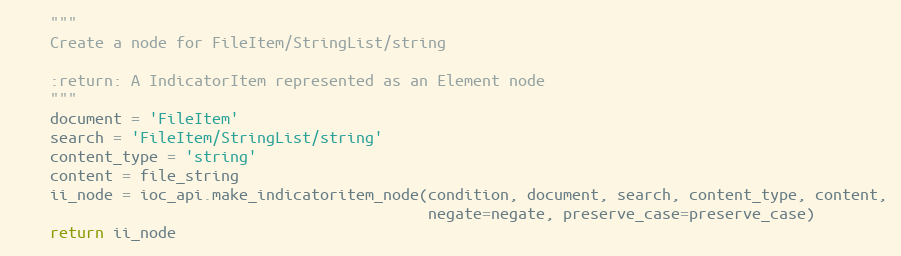
Language: Python
    """
    Create a node for FileItem/StringList/string

    :return: A IndicatorItem represented as an Element node
    """
    document = 'FileItem'
    search = 'FileItem/StringList/string'
    content_type = 'string'
    content = file_string
    ii_node = ioc_api.make_indicatoritem_node(condition, document, search, content_type, content,
                                              negate=negate, preserve_case=preserve_case)
    return ii_node